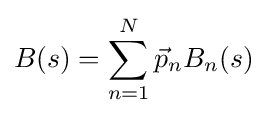
B(s)=\sum _{n=1}^{N}{\vec {p}}_{n}B_{n}(s)